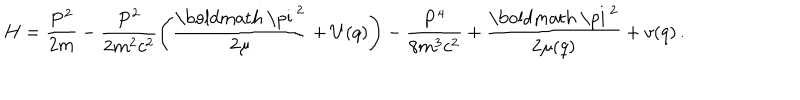
LaTeX: H = \frac { { \bf P } ^ { 2 } } { 2 m } - \frac { { \bf P } ^ { 2 } } { 2 m ^ { 2 } c ^ { 2 } } \left( \frac { { \mathrm { \boldmath ~ \ p i ~ } } ^ { 2 } } { 2 \mu } + U ( q ) \right) - \frac { { \bf P } ^ { 4 } } { 8 m ^ { 3 } c ^ { 2 } } + \frac { { \mathrm { \boldmath ~ \ p i ~ } } ^ { 2 } } { 2 \mu ( q ) } + v ( q ) \, .